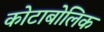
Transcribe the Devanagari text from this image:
कोटाबोलिक